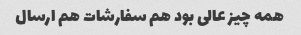
همه چیز عالی بود هم سفارشات هم ارسال